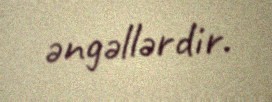
əngəllərdir.